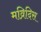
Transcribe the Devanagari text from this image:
मव्रिदिस